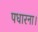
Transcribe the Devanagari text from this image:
पधारना।